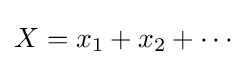
X=x_{1}+x_{2}+\cdots